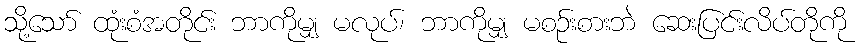
သို့သော် ထုံးစံအတိုင်း ဘာကိုမျှ မလုပ်၊ ဘာကိုမျှ မစဉ်းစားဘဲ ဆေးပြင်းလိပ်တိုကို